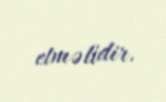
etməlidir.